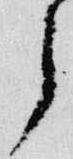
了